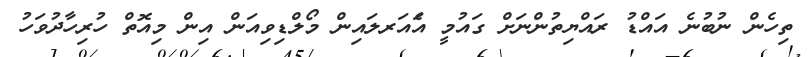
ތިހެން ނުބުނެ އައްޑު ރައްޔިތުންނަށް ގައުމީ އެައަރލައިން މޯލްޑިވިއަން އިން މިއޮތް ހުރިހާދުވަހު